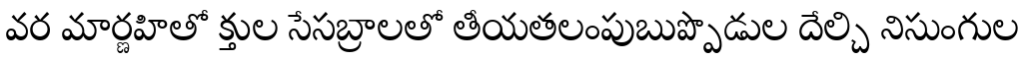
వర మార్ణహితో క్తుల సేసబ్రాలతో తీయతలంపుబుప్పొడుల దేల్చి నిసుంగుల